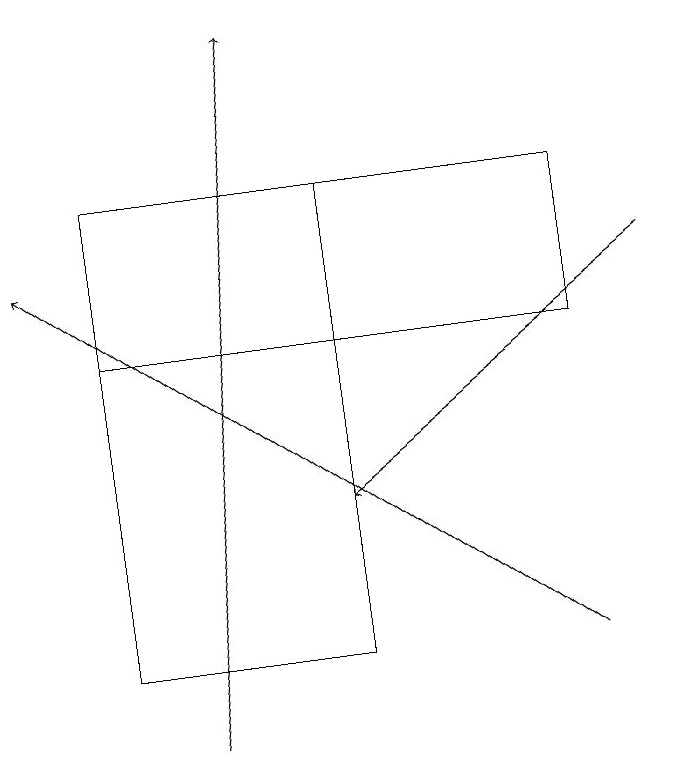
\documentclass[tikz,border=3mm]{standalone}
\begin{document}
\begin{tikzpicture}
\draw[->] (7,11) -- (0,16);
\draw (1,15) rectangle (7,17);
\draw[->] (8,16) -- (4,13);
\draw (4,11) rectangle (1,17);
\draw[->] (2,10) -- (3,19);
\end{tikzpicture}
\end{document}